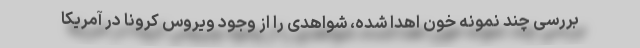
بررسی چند نمونه خون اهدا شده، شواهدی را از وجود ویروس کرونا در آمریکا